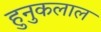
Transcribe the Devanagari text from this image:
हुनुकलाल